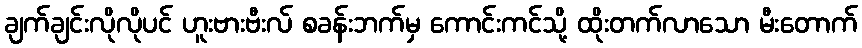
ချက်ချင်းလိုလိုပင် ဟူးဗားဗီးလ် စခန်းဘက်မှ ကောင်းကင်သို့ ထိုးတက်လာသော မီးတောက်